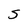
Character: S